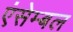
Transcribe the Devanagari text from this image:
एंसेम्बल